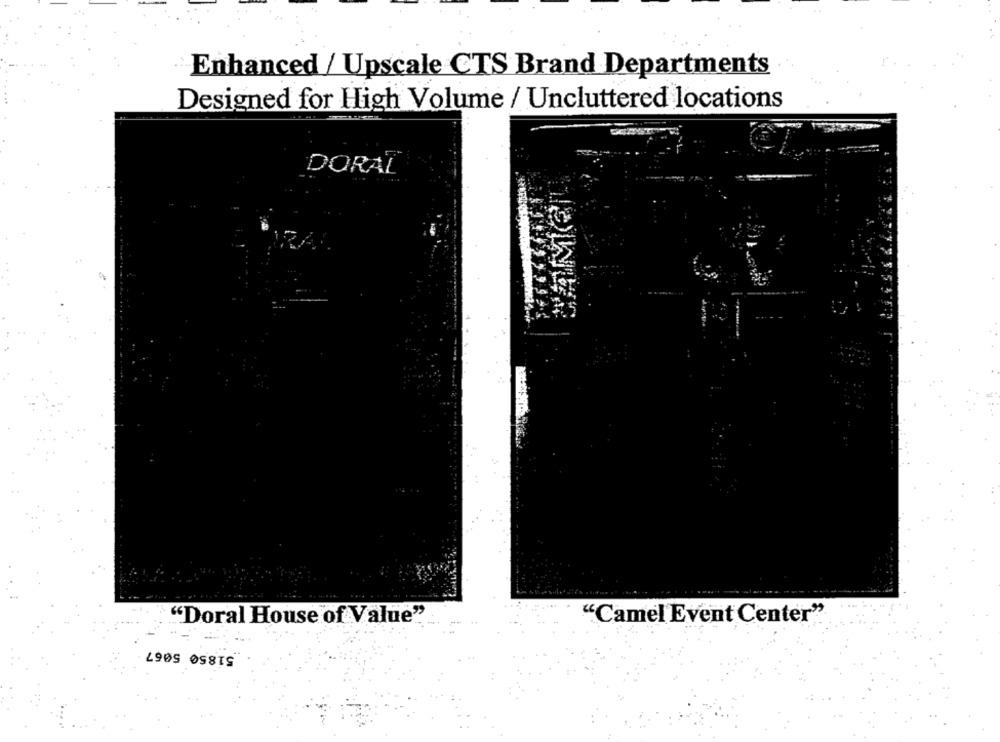
Enhanced / Upscale CTS Brand Departments
Designed for High Volume / Uncluttered locations
DORAL
R
"Doral House of Value"
"Camel'Event Center"
51850 5067